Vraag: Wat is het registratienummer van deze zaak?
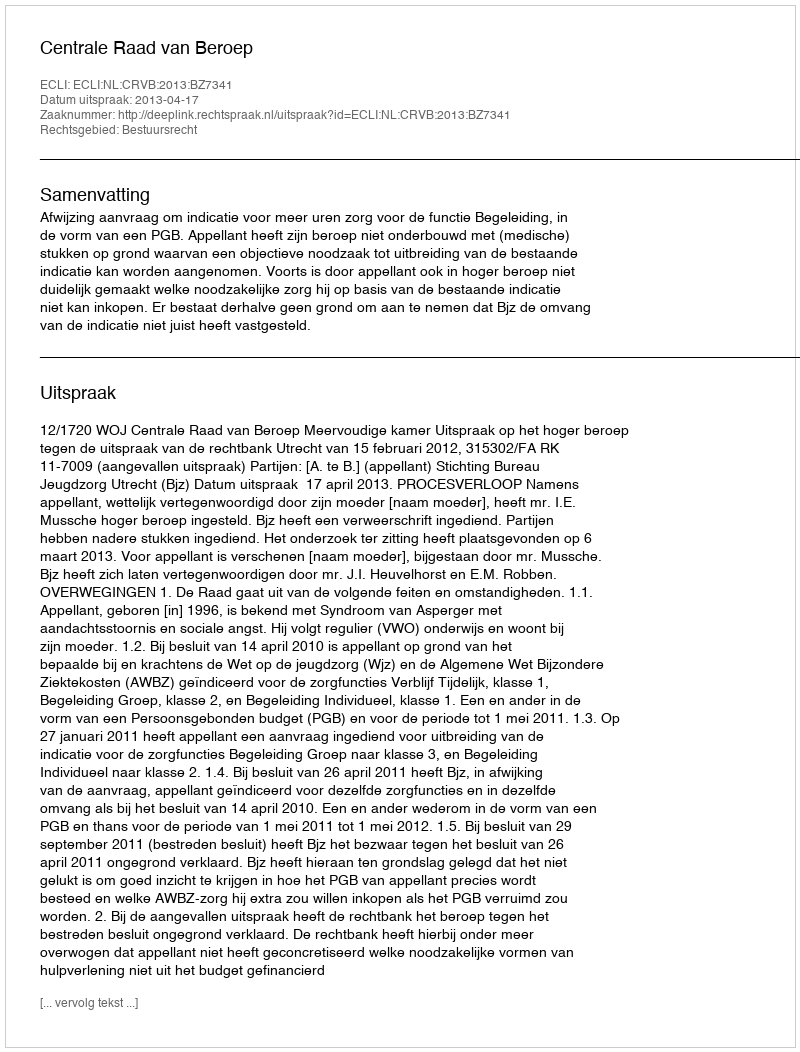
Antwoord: http://deeplink.rechtspraak.nl/uitspraak?id=ECLI:NL:CRVB:2013:BZ7341